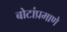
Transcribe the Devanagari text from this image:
बोटांप्रमाणे